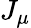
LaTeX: J_{\mu}